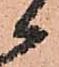
候